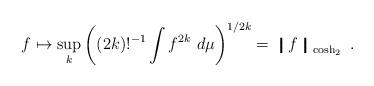
LaTeX: \begin{align*} f \mapsto \sup_k \left((2k)!^{-1} \int f^{2k} \ d\mu \right)^{1/2k} = \left\bracevert f \right\bracevert _ {\cosh_2} \ .\end{align*}